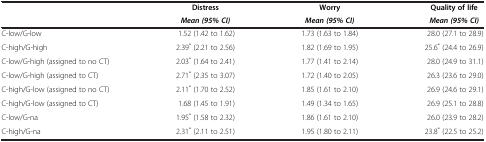
<table><thead><tr><td><b> </b></td><td><b>Distress</b></td><td><b>Worry</b></td><td><b>Quality of life</b></td></tr><tr><td><b> </b></td><td><b><i>Mean (95% CI)</i></b></td><td><b><i>Mean (95% CI)</i></b></td><td><b><i>Mean (95% CI)</i></b></td></tr></thead><tbody><tr><td>C-low/G-low</td><td>1.52 (1.42 to 1.62)</td><td>1.73 (1.63 to 1.84)</td><td>28.0 (27.1 to 28.9)</td></tr><tr><td>C-high/G-high</td><td>2.39<sup>*</sup> (2.21 to 2.56)</td><td>1.82 (1.69 to 1.95)</td><td>25.6<sup>*</sup> (24.4 to 26.9)</td></tr><tr><td>C-low/G-high (assigned to no CT)</td><td>2.03<sup>*</sup> (1.64 to 2.41)</td><td>1.77 (1.41 to 2.14)</td><td>28.0 (24.9 to 31.1)</td></tr><tr><td>C-low/G-high (assigned to CT)</td><td>2.71<sup>*</sup> (2.35 to 3.07)</td><td>1.72 (1.40 to 2.05)</td><td>26.3 (23.6 to 29.0)</td></tr><tr><td>C-high/G-low (assigned to no CT)</td><td>2.11<sup>*</sup> (1.70 to 2.52)</td><td>1.85 (1.61 to 2.10)</td><td>26.9 (24.6 to 29.1)</td></tr><tr><td>C-high/G-low (assigned to CT)</td><td>1.68 (1.45 to 1.91)</td><td>1.49 (1.34 to 1.65)</td><td>26.9 (25.1 to 28.8)</td></tr><tr><td>C-low/G-na</td><td>1.95<sup>*</sup> (1.58 to 2.32)</td><td>1.86 (1.61 to 2.10)</td><td>26.0 (23.9 to 28.2)</td></tr><tr><td>C-high/G-na</td><td>2.31<sup>*</sup> (2.11 to 2.51)</td><td>1.95 (1.80 to 2.11)</td><td>23.8<sup>*</sup> (22.5 to 25.2)</td></tr></tbody></table>